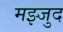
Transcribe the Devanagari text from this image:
मझ्जुद